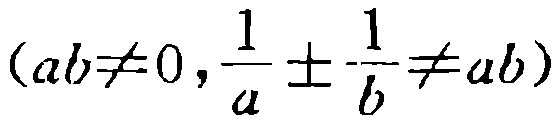
\((ab\neq0,\frac{1}{a}\pm\frac{1}{b}\neq ab)\)